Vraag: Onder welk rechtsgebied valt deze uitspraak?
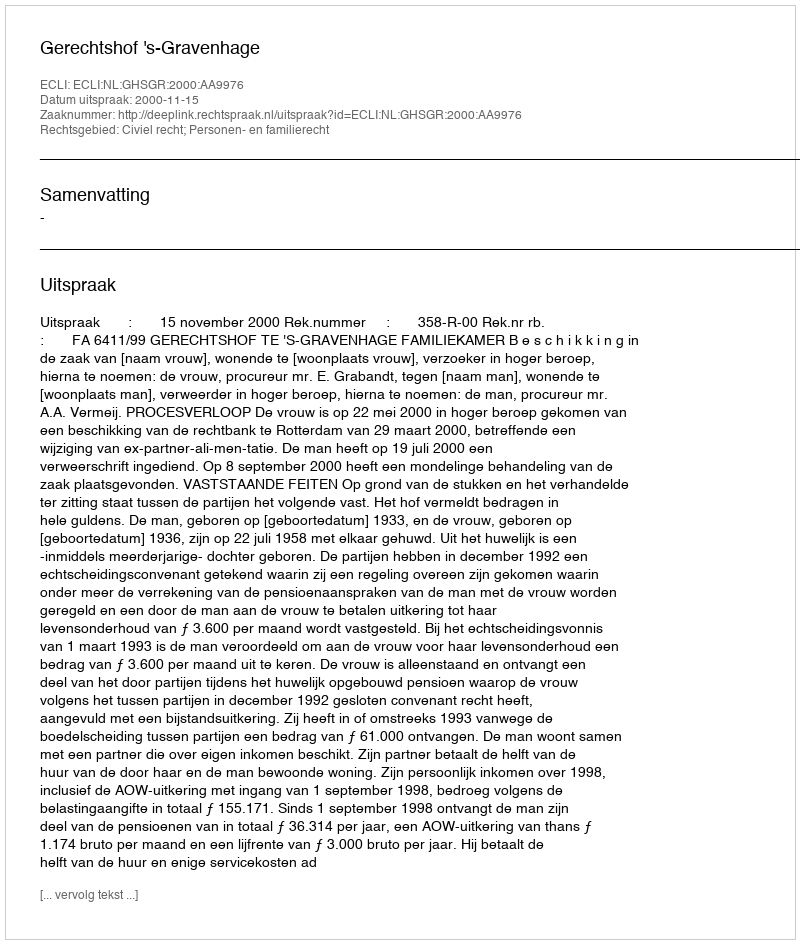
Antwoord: Civiel recht; Personen- en familierecht